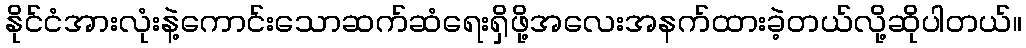
နိုင်ငံအားလုံးနဲ့ကောင်းသောဆက်ဆံရေးရှိဖို့အလေးအနက်ထားခဲ့တယ်လို့ဆိုပါတယ်။